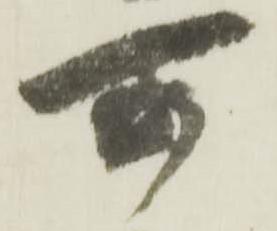
可